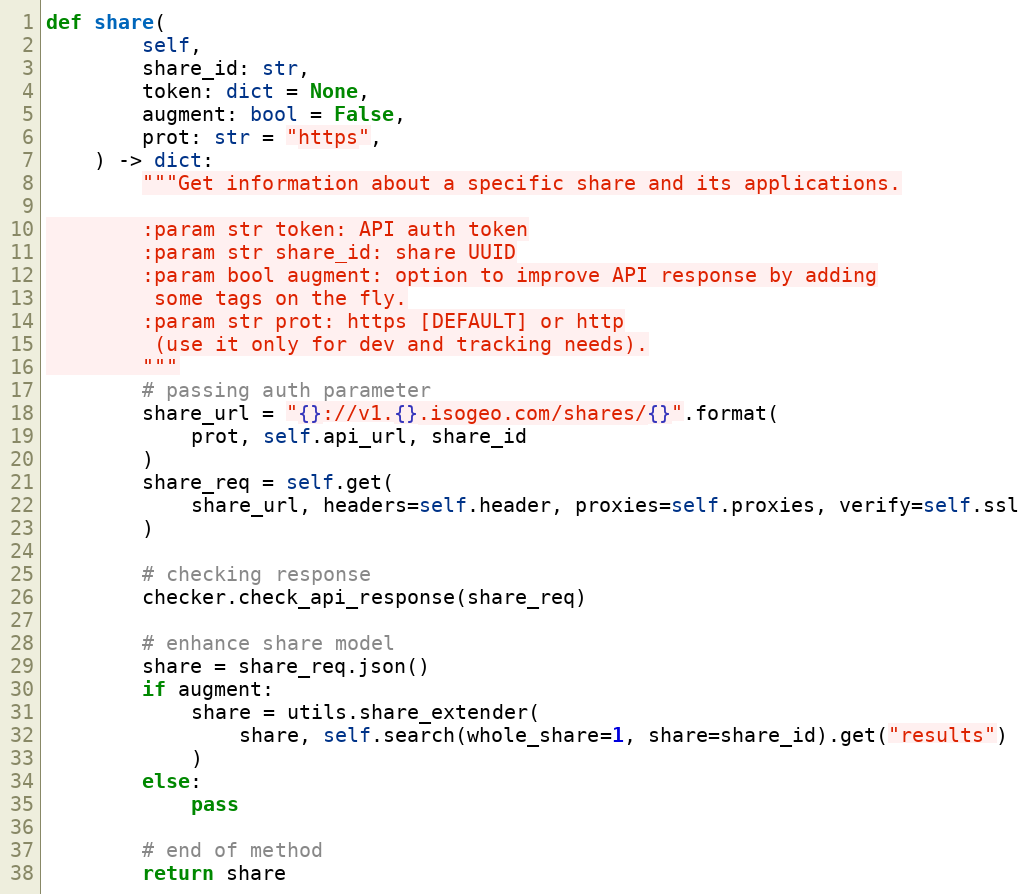
Language: Python
def share(
        self,
        share_id: str,
        token: dict = None,
        augment: bool = False,
        prot: str = "https",
    ) -> dict:
        """Get information about a specific share and its applications.

        :param str token: API auth token
        :param str share_id: share UUID
        :param bool augment: option to improve API response by adding
         some tags on the fly.
        :param str prot: https [DEFAULT] or http
         (use it only for dev and tracking needs).
        """
        # passing auth parameter
        share_url = "{}://v1.{}.isogeo.com/shares/{}".format(
            prot, self.api_url, share_id
        )
        share_req = self.get(
            share_url, headers=self.header, proxies=self.proxies, verify=self.ssl
        )

        # checking response
        checker.check_api_response(share_req)

        # enhance share model
        share = share_req.json()
        if augment:
            share = utils.share_extender(
                share, self.search(whole_share=1, share=share_id).get("results")
            )
        else:
            pass

        # end of method
        return share